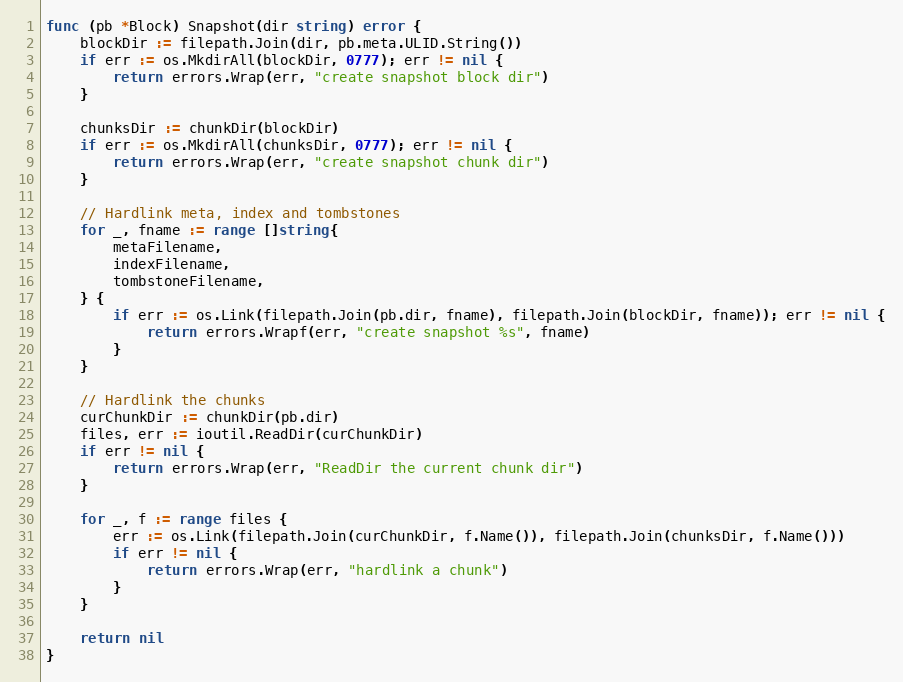
Language: Go
func (pb *Block) Snapshot(dir string) error {
	blockDir := filepath.Join(dir, pb.meta.ULID.String())
	if err := os.MkdirAll(blockDir, 0777); err != nil {
		return errors.Wrap(err, "create snapshot block dir")
	}

	chunksDir := chunkDir(blockDir)
	if err := os.MkdirAll(chunksDir, 0777); err != nil {
		return errors.Wrap(err, "create snapshot chunk dir")
	}

	// Hardlink meta, index and tombstones
	for _, fname := range []string{
		metaFilename,
		indexFilename,
		tombstoneFilename,
	} {
		if err := os.Link(filepath.Join(pb.dir, fname), filepath.Join(blockDir, fname)); err != nil {
			return errors.Wrapf(err, "create snapshot %s", fname)
		}
	}

	// Hardlink the chunks
	curChunkDir := chunkDir(pb.dir)
	files, err := ioutil.ReadDir(curChunkDir)
	if err != nil {
		return errors.Wrap(err, "ReadDir the current chunk dir")
	}

	for _, f := range files {
		err := os.Link(filepath.Join(curChunkDir, f.Name()), filepath.Join(chunksDir, f.Name()))
		if err != nil {
			return errors.Wrap(err, "hardlink a chunk")
		}
	}

	return nil
}